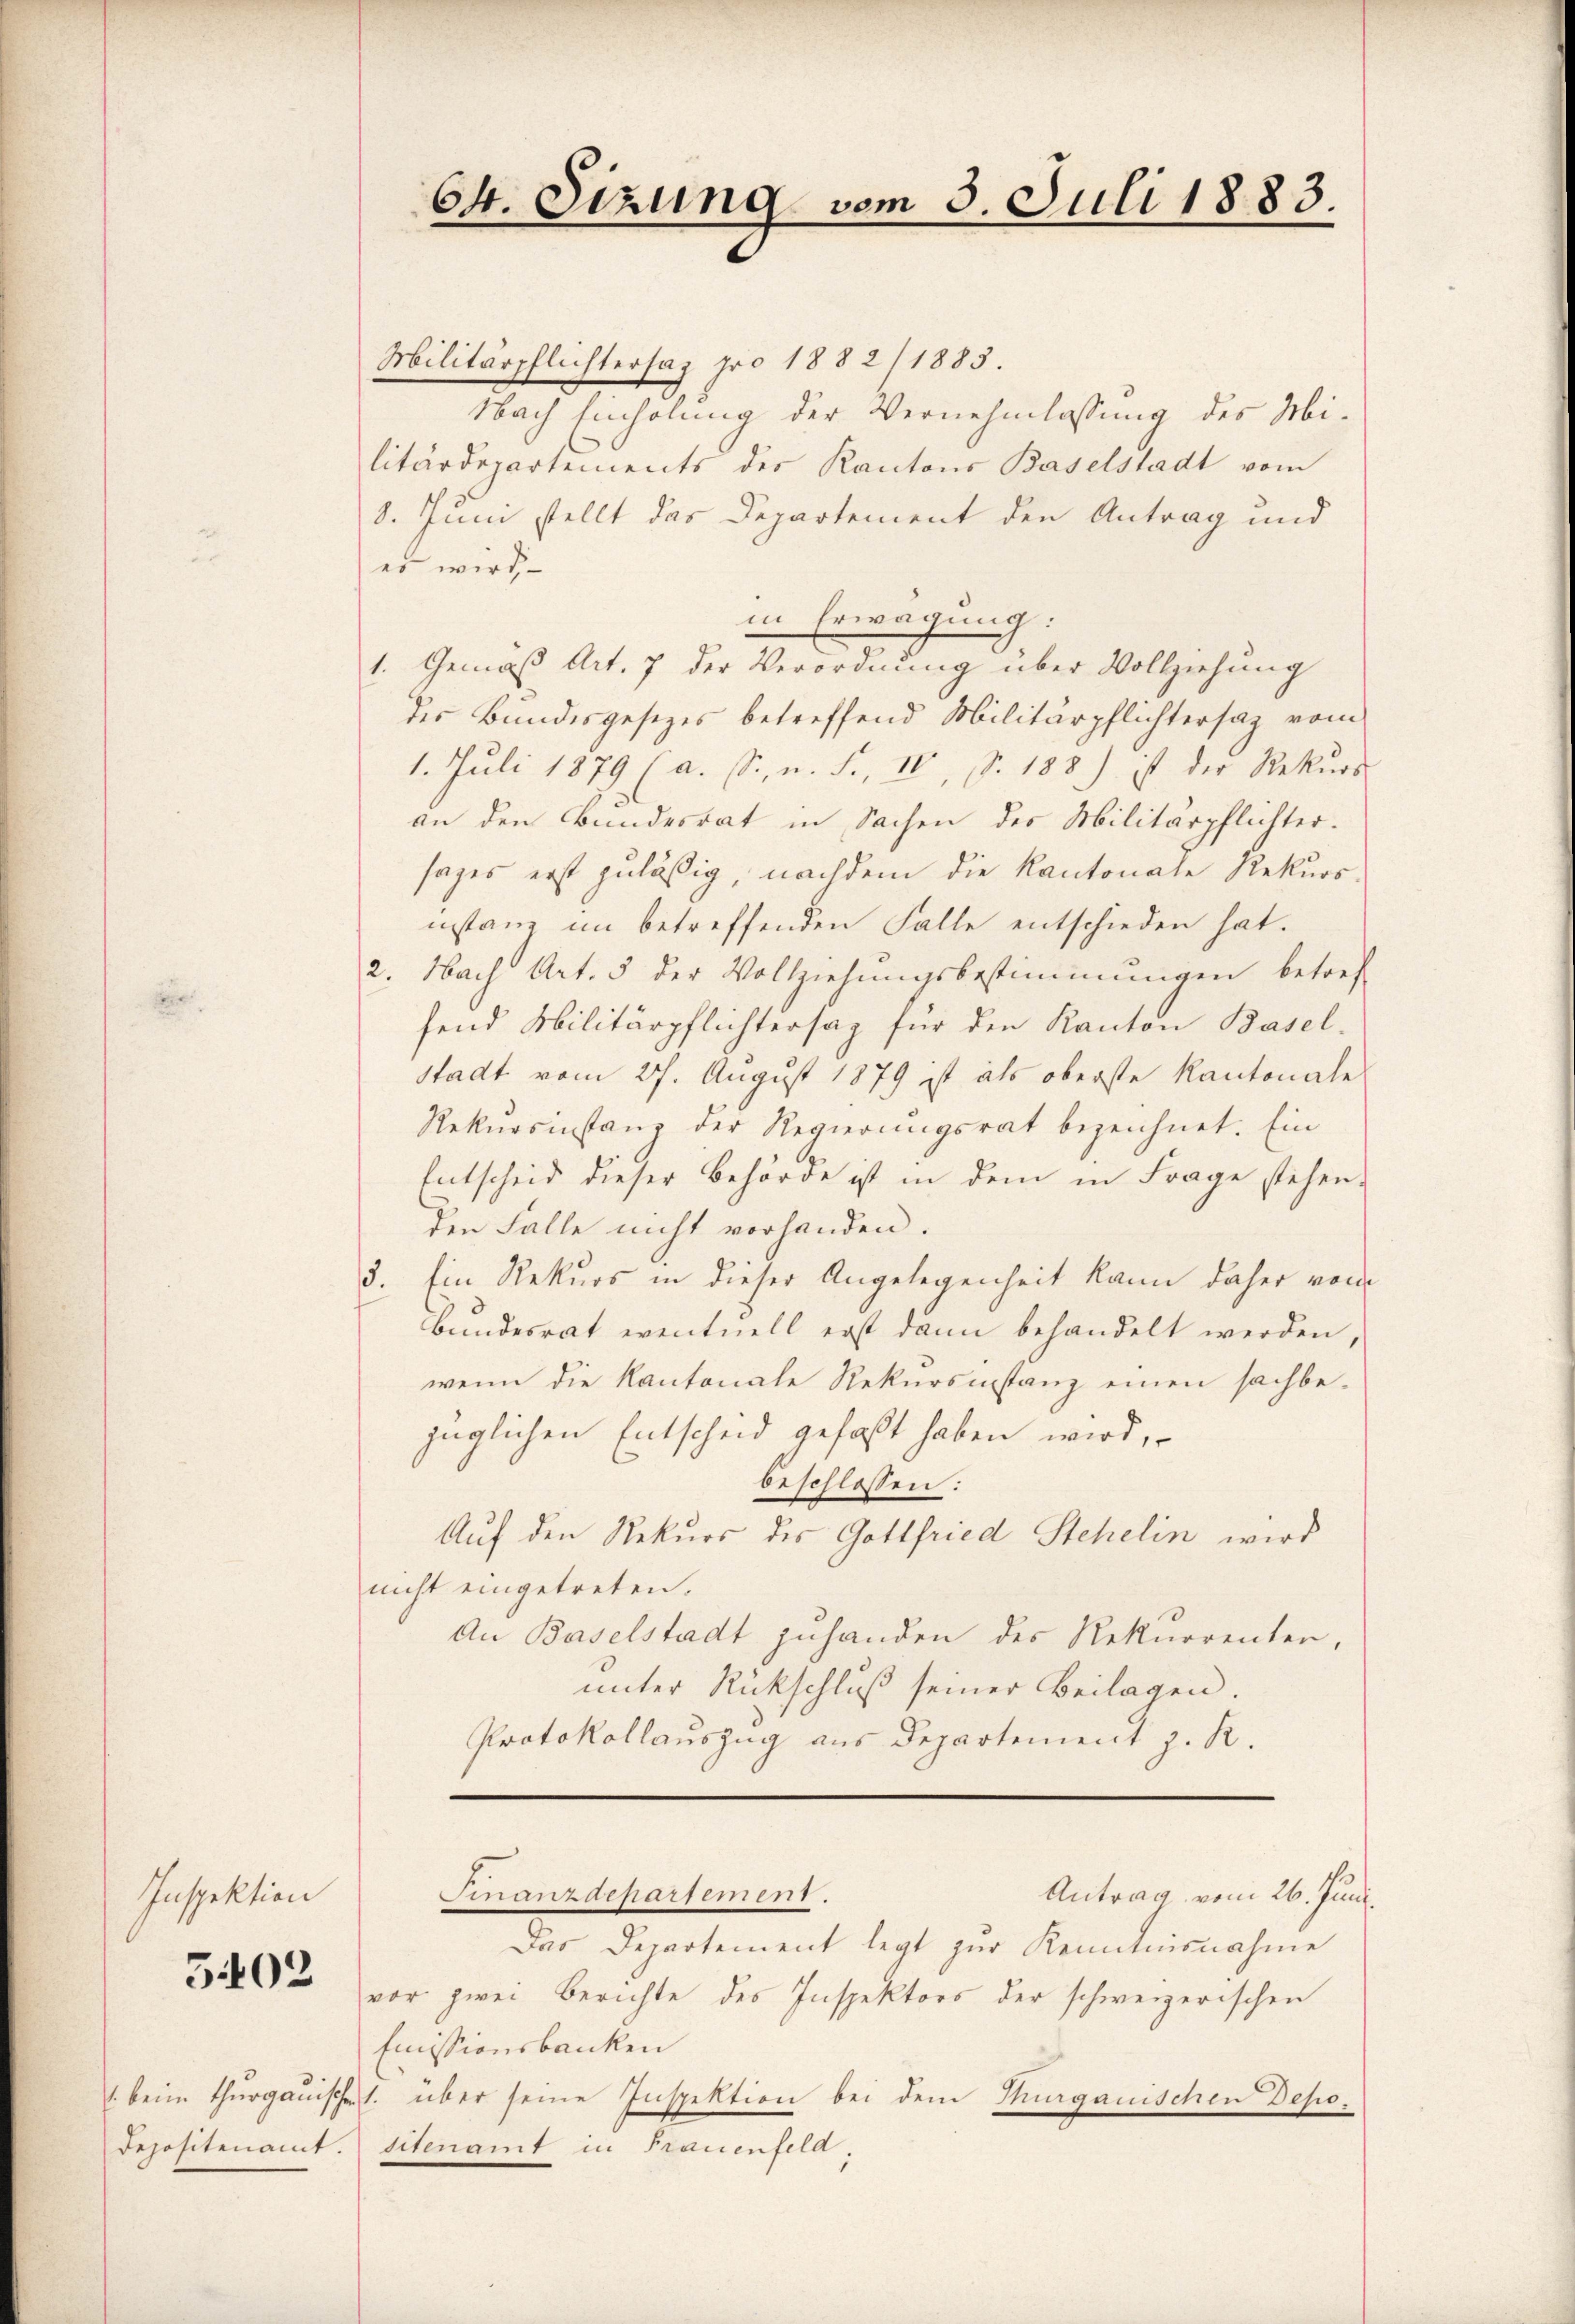
Inspektion

5402

Depositenamt.

64. Sizung vom 3. Juli 1883.

Militärpflichtersaz pro 1882/1883
Nach Einholung der Vernehmlassung des Militärdepartements der Kantons Baselstadt vom
8. Juni stellt das Departement den Antrag und
es wird
in Erwägung:
1. Gemäß Art. 7 der Verordnung über Vollziehung
des Bundesgesezes betreffend Militärpflichtersaz vom
1. Juli 1879 (a. S., n. F. IV, S. 188) ist der Rekurs
an den Bundesrat in Sachen des Militärpflichter.
sages erst zuläßig, nachdem die Kantonale Rekursinstanz im betreffenden Falle entschieden hat.
2. Nach Art. 5 der Vollziehŭngsbestimmungen betref
fend Militärpflichtersag für den Kanton Basel-
Stadt vom 27. August 1879 ist als oberste Kantonale
Rekursinstanz der Regierungsrat bezeichnet. Ein
Entscheid dieser Behörde ist in dem in Frage stehen-
den Falle nicht vorhanden.
3. Ein Rekurs in dieser Angelegenheit kann daher von
Bŭndesrat eventuell erst dann behandelt werden.
wenn die Kantonale Rekursinstanz einen sachbezüglichen Entscheid gefaßt haben wird,
beschlossen:
Auf den Rekurs des Gottfried Stehelin wird
nicht eingetreten.
An Baselstadt zuhanden des Rekurrenten,
unter Rückschluß seiner Beilagen.
Protokollauszug aus Departement z. R.

Das Departement legt zur Kenntnisnahme
vor zwei Berichte des Inspektors der schweizerischen
Emissionsbanken
1 beim Thurgauische 1. über seine Inspektion bei dem Thurgauischen Depositenamt in Frauenfeld

Antrag vom 26. Juni
Finanzdepartement.